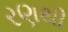
રણથી